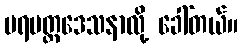
ပရမတ္ထဒေသနာလို့ ခေါ်တယ်။